system: You are a helpful assistant.
user:
Analyze the provided spectrum to determine if it is a **M-type Giant (gM)**.

A M-type Giant spectrum is defined by its **strong molecular absorption** features, particularly from **Titanium Oxide (TiO)**. You must check for one of the following mutually exclusive signatures:

- **Key Visual Indicators (Absorption-Dominated Spectrum):**

    - **(Primary):** The spectrum is dominated by strong molecular absorption from **Titanium Oxide (TiO)**. This is the **defining feature** of its M-type temperature class.
        - **(Key Bandheads):** Look for sharp, "saw-tooth" absorption valleys. The strongest are located near **~7050 Å**, **~6160 Å**, and **~5170 Å**.
        - **(Line Profile):** The "saw-tooth" morphology is critical: a **sharp, steep drop on the BLUE (short-wavelength) side** of the bandhead, followed by a gradual recovery (rising flux) towards the RED (long-wavelength) side.

    - **(Key Confirmation - Giant vs. Dwarf):** **ABSENCE** of strong **Calcium Hydride (CaH)** molecular bands. This is the primary diagnostic for *excluding* M-dwarfs.
        - **(Key Region):** The spectrum should lack the strong, broad absorption band seen in dwarfs between **~6800 Å and ~7000 Å**.

    - **(Secondary Confirmation - Giant):** A very strong and broad **Neutral Calcium (Ca I)** atomic absorption line.
        - **(Key Line):** Located at **~4226 Å**. In a giant (gM), this line is significantly deeper and broader than the same line in an M-dwarf (dM) due to low surface gravity.

    - **(Overall Spectrum):**
        - The continuum is **extremely red-sloping** (i.e., flux is very low in the blue and rises dramatically towards the red).
        - The entire spectrum appears "chopped up" by the deep TiO bands.

Think first, call **spectral_visualization_tool** if needed to examine features in detail, then provide your final answer. Your response must adhere to the following strict rules:
1.  **Overall Structure:** Your response must follow the format `<think>...</think> <tool_call>...</tool_call> (if a tool is used) <answer>...</answer>`.
2.  **Tool Usage Constraint:** You may only make **one** tool call per turn.
3.  **Final Answer Format:** In the `<answer>` tag, your conclusion must be inside a `\boxed{}` command (e.g., `\boxed{YES}` or `\boxed{NO}`), followed by your justification.

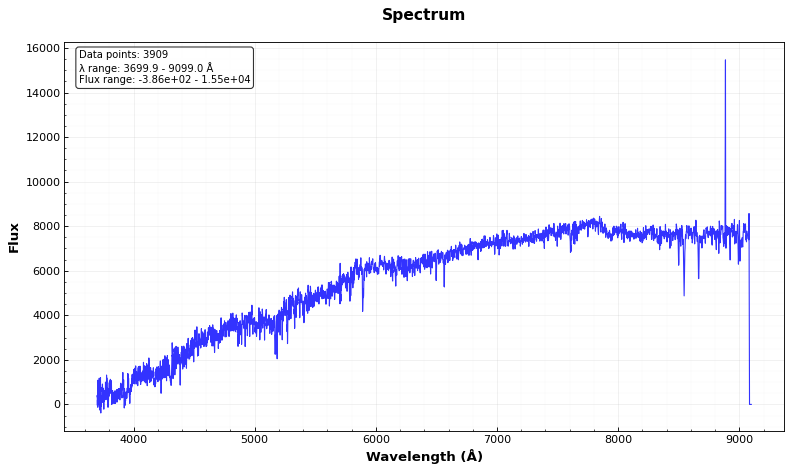
Answer: NO